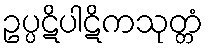
ဥပ္ပဋိပါဋိကသုတ္တံ